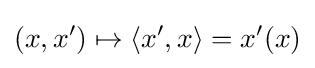
(x,x')\mapsto \langle x',x\rangle =x'(x)